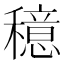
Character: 𫁈